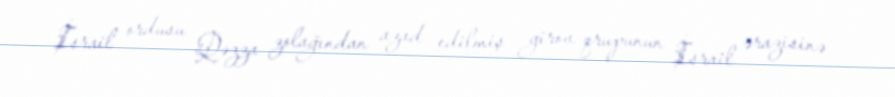
İsrail ordusu Qəzza zolağından azad edilmiş girov qrupunun İsrail ərazisinə